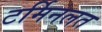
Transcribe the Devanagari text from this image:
टर्मिनलत